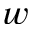
w